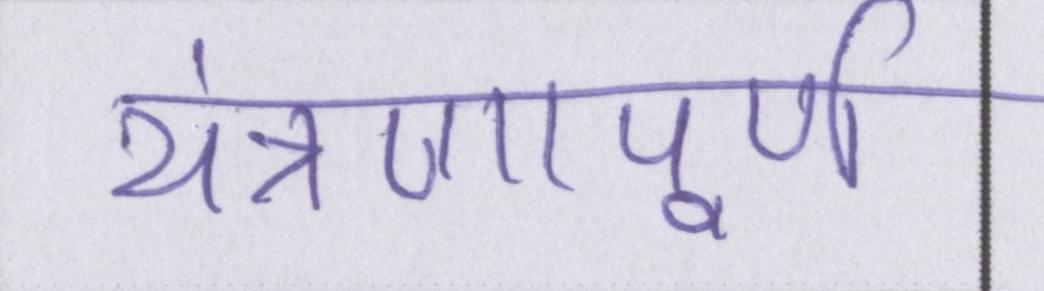
यंत्रणापूर्ण